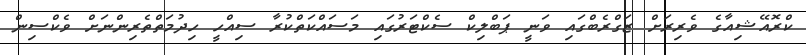
ކްރޮއޭޝިއާގެ ވެރިރަށް ޒަގްރެބްގައި ވަނީ ޕަބްލިކް ސެކްޓަރުގައި މަސައްކަތްކުރާ ސިއްހީ ހިދުމަތްތެރިންނަށް ވެކްސިން